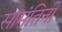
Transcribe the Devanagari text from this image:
सामंतिनी